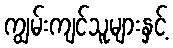
ကျွမ်းကျင်သူများနှင့်